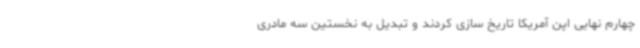
چهارم نهایی اپن آمریکا تاریخ سازی کردند و تبدیل به نخستین سه مادری